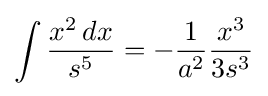
\int {\frac {x^{2}\,dx}{s^{5}}}=-{\frac {1}{a^{2}}}{\frac {x^{3}}{3s^{3}}}